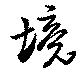
境